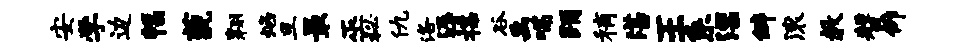
安学边幅藐翱焰旦最巫秘仇洛溽揲谷禹喘踊稍湛王系漂僻滚教赞仰